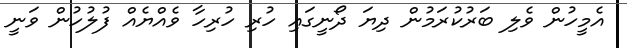
އެމީހުން ވެލި ބަރުކުރަމުން ދިޔަ ދޯނީގައި ހުރި ހުރިހާ ވެއްޔެއް ފުލުހުން ވަނީ